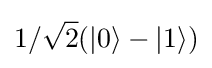
1/{\sqrt {2}}(|0\rangle -|1\rangle )